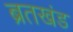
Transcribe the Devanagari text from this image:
ब्रतखंड